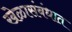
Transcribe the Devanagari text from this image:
खेळासंबंधात